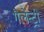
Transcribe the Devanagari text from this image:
गैलेन्ट्री